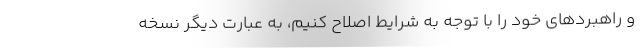
و راهبردهای خود را با توجه به شرایط اصلاح کنیم، به عبارت دیگر نسخه